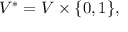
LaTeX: V ^ { * } = V \times \{ 0 , 1 \} ,